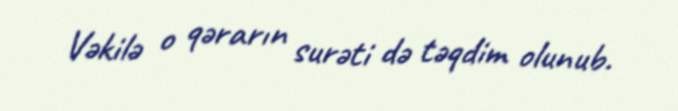
Vəkilə o qərarın surəti də təqdim olunub.